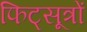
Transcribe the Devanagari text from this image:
फिट्सूत्रों